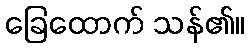
ခြေထောက် သန်၏။